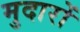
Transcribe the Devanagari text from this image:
मुदारों